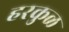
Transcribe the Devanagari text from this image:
हरकुळ